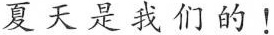
夏天是我们的!